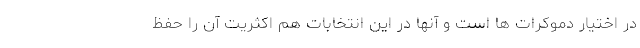
در اختیار دموکرات ها است و آنها در این انتخابات هم اکثریت آن را حفظ